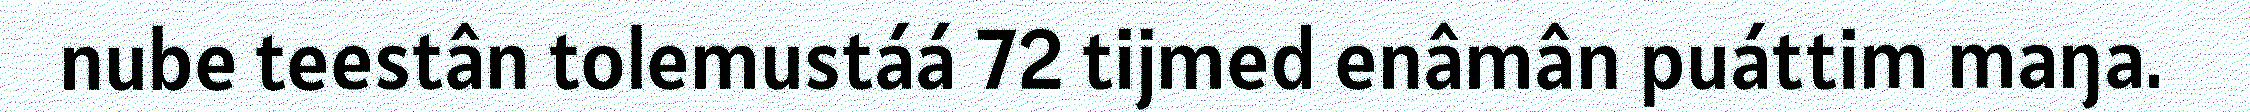
nube teestân tolemustáá 72 tijmed enâmân puáttim maŋa.